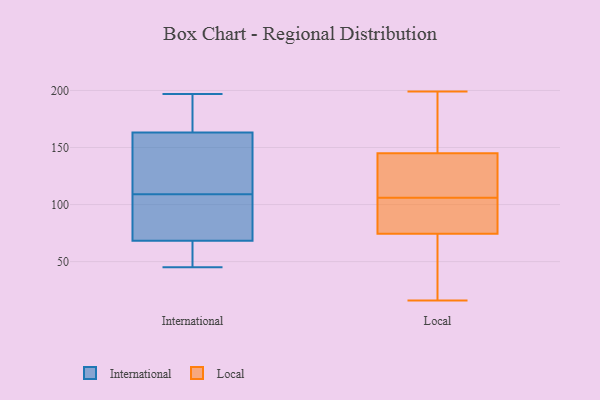
{"axis": {"x": "Temperature (°C)", "y": "Value"}, "legend": ["International", "Local"], "data": [{"x": "", "y": 84, "type": "International"}, {"x": "", "y": 183, "type": "International"}, {"x": "", "y": 60, "type": "International"}, {"x": "", "y": 74, "type": "International"}, {"x": "", "y": 109, "type": "International"}, {"x": "", "y": 157, "type": "International"}, {"x": "", "y": 56, "type": "International"}, {"x": "", "y": 71, "type": "International"}, {"x": "", "y": 197, "type": "International"}, {"x": "", "y": 182, "type": "International"}, {"x": "", "y": 131, "type": "International"}, {"x": "", "y": 140, "type": "International"}, {"x": "", "y": 45, "type": "International"}, {"x": "", "y": 38, "type": "Local"}, {"x": "", "y": 86, "type": "Local"}, {"x": "", "y": 129, "type": "Local"}, {"x": "", "y": 33, "type": "Local"}, {"x": "", "y": 103, "type": "Local"}, {"x": "", "y": 199, "type": "Local"}, {"x": "", "y": 16, "type": "Local"}, {"x": "", "y": 160, "type": "Local"}, {"x": "", "y": 102, "type": "Local"}, {"x": "", "y": 139, "type": "Local"}, {"x": "", "y": 175, "type": "Local"}, {"x": "", "y": 63, "type": "Local"}, {"x": "", "y": 62, "type": "Local"}, {"x": "", "y": 162, "type": "Local"}, {"x": "", "y": 100, "type": "Local"}, {"x": "", "y": 141, "type": "Local"}, {"x": "", "y": 105, "type": "Local"}, {"x": "", "y": 132, "type": "Local"}, {"x": "", "y": 107, "type": "Local"}, {"x": "", "y": 149, "type": "Local"}]}